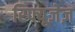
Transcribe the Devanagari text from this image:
रिफ्यूज़ेज़